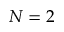
N = 2